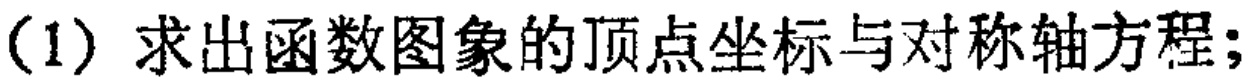
(1) 求出函数图象的顶点坐标与对称轴方程；